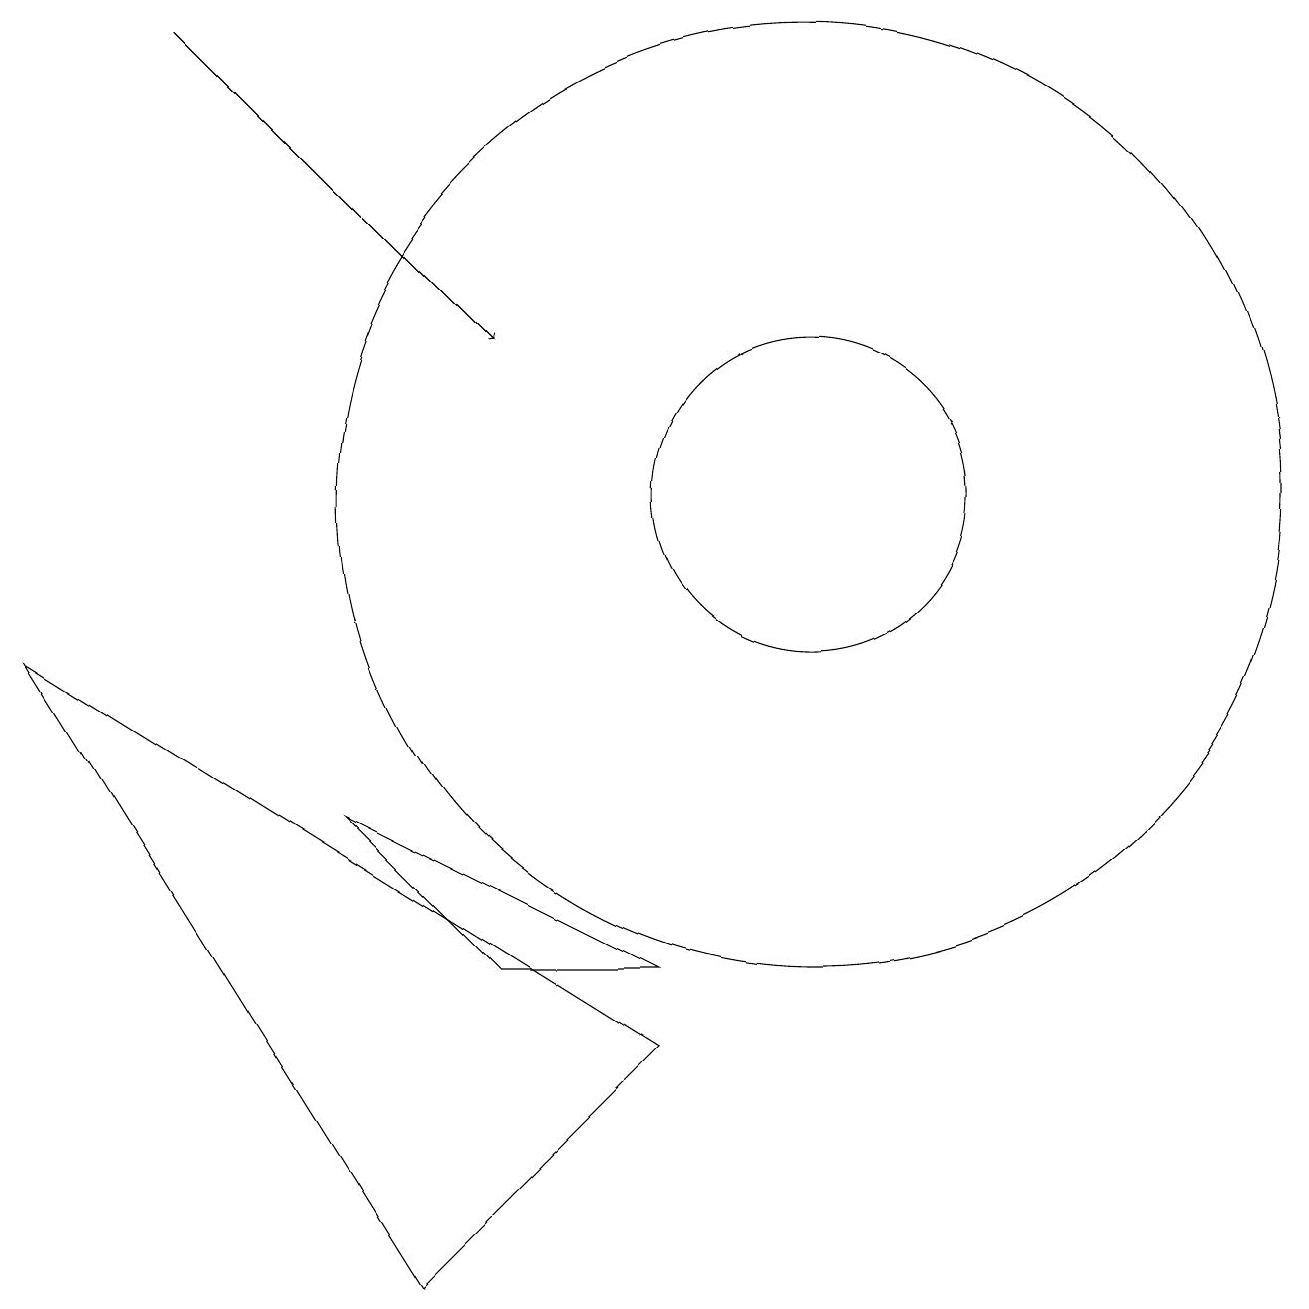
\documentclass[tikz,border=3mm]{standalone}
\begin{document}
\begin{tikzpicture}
\draw (4,6) -- (8,4) -- (6,4) -- cycle;
\draw (10,10) circle (2);
\draw (0,8) -- (5,0) -- (8,3) -- cycle;
\draw (10,10) circle (6);
\draw[->] (2,16) -- (6,12);
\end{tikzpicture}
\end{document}